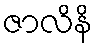
ဇာလိနိ